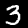
Label: 3